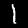
Label: 1